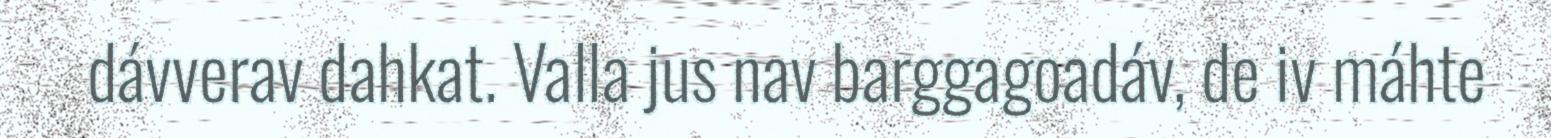
dávverav dahkat. Valla jus nav barggagoadáv, de iv máhte